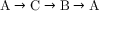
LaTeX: \mathrm { A \to C \to B \to A }